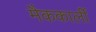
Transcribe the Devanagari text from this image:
मैककार्ली